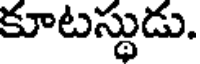
కూటస్థుడు.